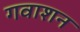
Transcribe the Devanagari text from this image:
गवाशन